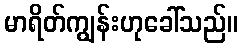
မာရိတ်ကျွန်းဟုခေါ်သည်။